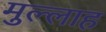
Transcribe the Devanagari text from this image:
मुल्‍लाह